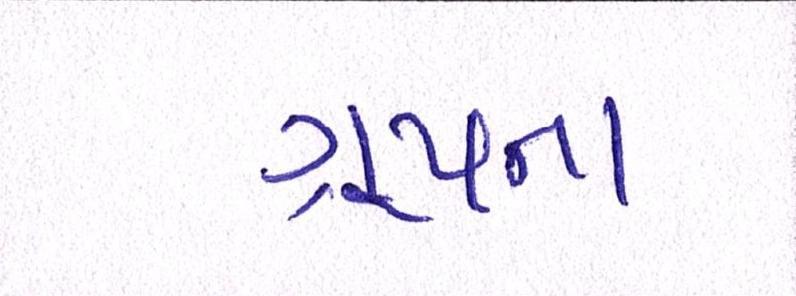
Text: ગ્રૂપના